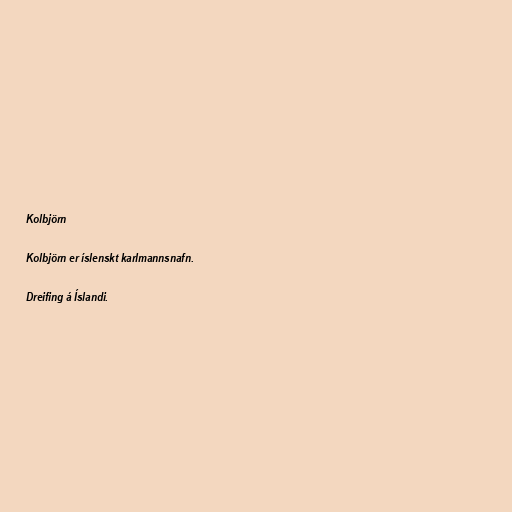
Kolbjörn

Kolbjörn er íslenskt karlmannsnafn.

Dreifing á Íslandi.